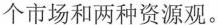
个市场和两种资源观。